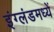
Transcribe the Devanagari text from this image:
इंग्लंडमध्यें